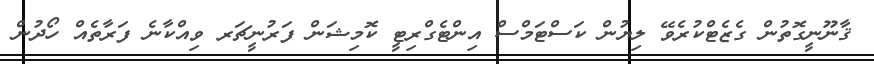
ޤާނޫނީގޮތުން ގެޒެޓްކުރެވޭ ލިޔުން ކަސްޓަމްސް އިންޓެގްރިޓީ ކޮމިޝަން ފަރުނީޗަރ ވިއްކާނެ ފަރާތެއް ހޯދުން